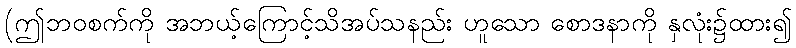
(ဤဘဝစက်ကို အဘယ့်ကြောင့်သိအပ်သနည်း ဟူသော စောဒနာကို နှလုံး၌ထား၍